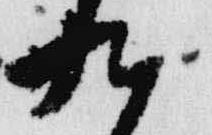
九